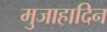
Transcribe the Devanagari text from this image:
मुजाहादिन